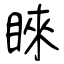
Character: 睞